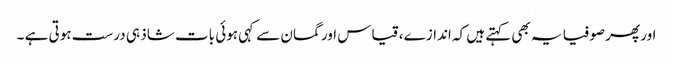
اور پھر صوفیا یہ بھی کہتے ہیں کہ اندازے ، قیاس اور گمان سے کہی ہوئی بات شاذ ہی درست ہوتی ہے ۔